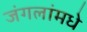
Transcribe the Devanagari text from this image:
जंगलांमधे